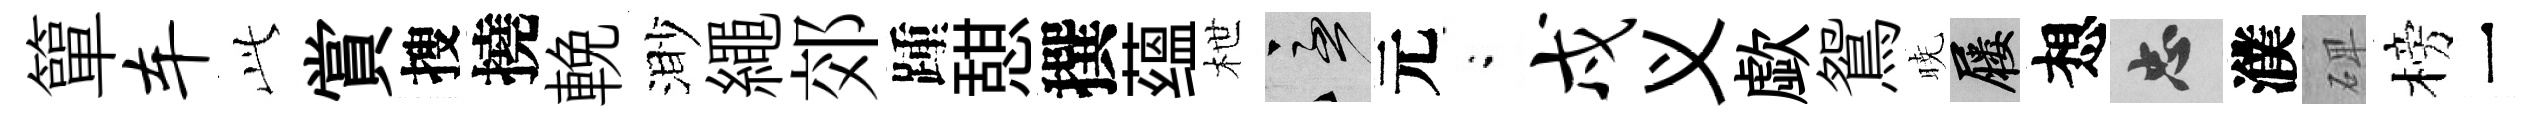
簞车𬼘賞搜撓輓渺繩郊踵憇撰蕴枻急元閤戍义歔鴛暁屨想忠濮𥓓榜一